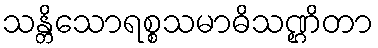
သန္တိသောရစ္စသမာဓိသဏ္ဌိတာ